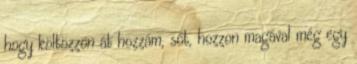
hogy költözzön át hozzám, sőt, hozzon magával még egy